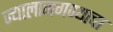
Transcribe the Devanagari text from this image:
ज्यालाजगण्याचा